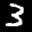
Label: 3